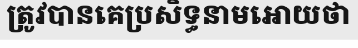
ត្រូវបានគេប្រសិទ្ធនាមអោយថា